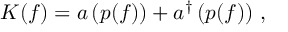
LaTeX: { \cal K } ( f ) = a \left( p ( f ) \right) + a ^ { \dagger } \left( p ( f ) \right) \, ,